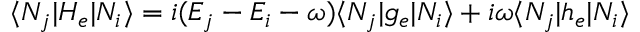
\langle N _ { j } | H _ { e } | N _ { i } \rangle = i ( E _ { j } - E _ { i } - \omega ) \langle N _ { j } | g _ { e } | N _ { i } \rangle + i \omega \langle N _ { j } | h _ { e } | N _ { i } \rangle